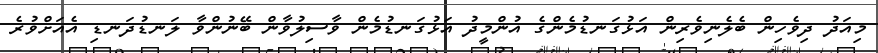
މިއަދު ދިވެހިން ބެލެނިވެރިން އަޅުގަނޑުމެންގެ އުންމީދު އަޅުގަނޑުމެން ވާސިލުވާން ބޭނުންވާ ލަނޑުދަނޑި އެއަށްވުރެ